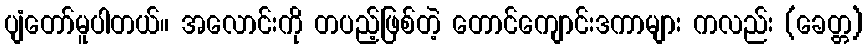
ပျံတော်မူပါတယ်။ အလောင်းကို တပည့်ဖြစ်တဲ့ တောင်ကျောင်းဒကာများ ကလည်း (ခေတ္တ)